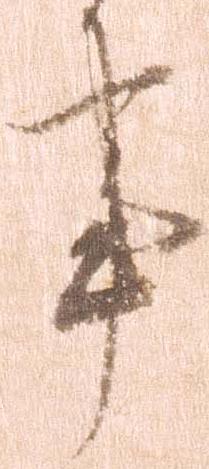
事